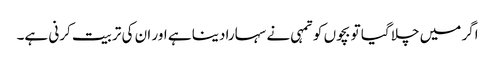
اگر میں چلا گیا تو بچوں کو تمہی نے سہارا دینا ہے اور ان کی تربیت کرنی ہے۔